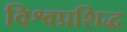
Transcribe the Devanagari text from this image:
विश्वप्रशिद्ध